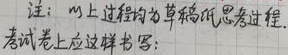
注：以上过程均为草稿纸思考过程，考试卷上应这样书写：